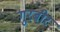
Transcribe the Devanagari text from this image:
गुरबीर